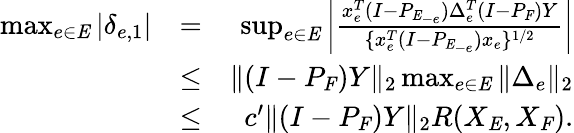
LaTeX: \begin{array}{rlr}{\operatorname*{max}_{e\in\mathit{E}}|\delta_{e,1}|}&{=}&{\operatorname*{sup}_{e\in\mathit{E}}\left|\frac{x_{e}^{T}(I-P_{\mathit{E}_{-e}})\Delta_{e}^{T}(I-P_{\mathit{F}})Y}{\{ x_{e}^{T}(I-P_{\mathit{E}_{-e}})x_{e}\} ^{1/2}}\right|}\\ &{\leq}&{\| (I-P_{\mathit{F}})Y\| _{2}\operatorname*{max}_{e\in\mathit{E}}\| \Delta_{e}\| _{2}}\\ &{\leq}&{c^{\prime}\| (I-P_{\mathit{F}})Y\| _{2}R(X_{\mathit{E}},X_{\mathit{F}}).}\end{array}